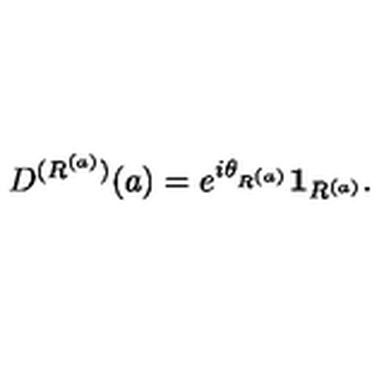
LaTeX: D ^ { ( R ^ { ( a ) } ) } ( a ) = e ^ { i \theta _ { R ^ { ( a ) } } } { \bf 1 } _ { R ^ { ( a ) } } .